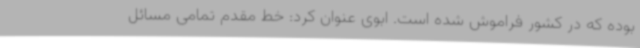
بوده که در کشور فراموش شده ‌است. ابوی عنوان ‌کرد: خط مقدم تمامی مسائل